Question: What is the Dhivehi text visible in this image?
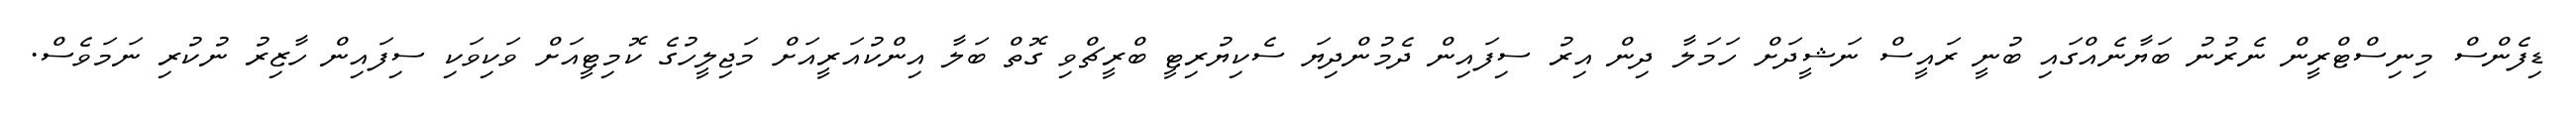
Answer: ޑިފެންސް މިނިސްޓްރީން ނެރުނު ބަޔާނެއްގައި ބުނީ ރައީސް ނަޝީދަށް ހަމަލާ ދިން އިރު ސިފައިން ދެމުންދިޔަ ސެކިޔުރިޓީ ބްރީޗްވި ގޮތް ބަލާ އިންކުއަރީއަށް މަޖިލީހުގެ ކޮމިޓީއަށް ވަކިވަކި ސިފައިން ހާޒިރު ނުކުރި ނަމަވެސް.